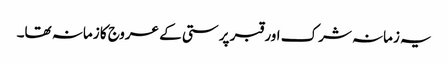
یہ زمانہ شرک اور قبر پرستی کے عروج کا زمانہ تھا۔